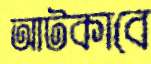
আটকাবে